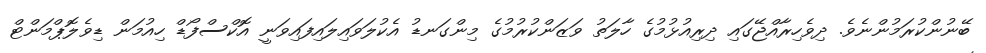
ބޭނުންކުރަމުންނެވެ. ދިވެހިރާއްޖޭގައި ދިރިއުޅުމުގެ ހާލަތު ވަޒަންކުރުމުގެ މިންގަނޑު އެކުލަވައިލައިފައިވަނީ އޮކްސްފޯޑް ހިއުމަން ޑިވެލޮޕްމަންޓް